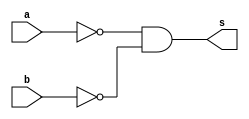
// -------------------------
// Exemplo_0508
// Laura Iara Silva Santos Xavier - 734661
// -------------------------

module f5a ( output s, input a, input b );
// definir dado local
wire n, m, o, p;
// descrever por portas
nand NAND1(n,a);
nand NAND2(m,b);
nand NAND3(o,n,m);
nand NAND4(s,o);

endmodule // f5a

module f5b ( output s, input a, input b );
// descrever por expressao
assign s = ~(a|b);
endmodule // f5b

module test_f5;
// ------------------------- definir dados
reg x;
reg y;
wire a, b;
f5a moduloA ( a, x, y );
f5b moduloB ( b, x, y );
// ------------------------- parte principal
initial
begin : main
$display("Exemplo_0505 - Laura Iara Silva Santos Xavier - 734661");
$display("Test module");
$display(" x y a b");

// projetar testes do modulo
$monitor("%4b %4b %4b %4b", x, y, a, b);
x = 1'b0; y = 1'b0;
#1 x = 1'b0; y = 1'b1;
#1 x = 1'b1; y = 1'b0;
#1 x = 1'b1; y = 1'b1;
end
endmodule // test_f5